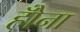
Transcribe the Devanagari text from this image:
होँना